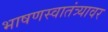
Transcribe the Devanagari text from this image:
भाषणस्वातंत्र्यावर